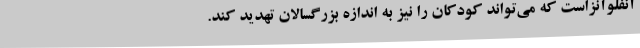
آنفلوآنزاست که می‌تواند کودکان را نیز به اندازه بزرگسالان تهدید کند.